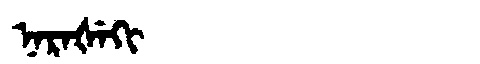
Manchu: ᠨᠠᡵᠠᡧᡝᡴᡳ
Romanization: NARAŠEKI